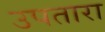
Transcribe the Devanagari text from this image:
उपतारा